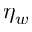
\eta _ { w }